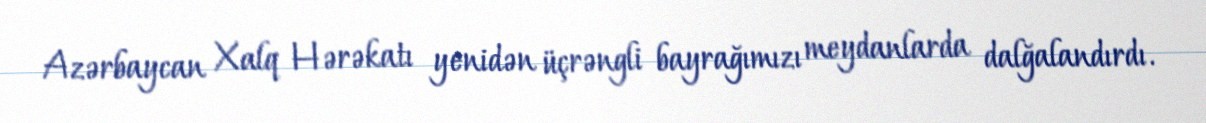
Azərbaycan Xalq Hərəkatı yenidən üçrəngli bayrağımızı meydanlarda dalğalandırdı.